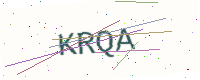
Text: KRQA